Report of the Indian Hemp Drugs Commission, 1894-1895 - Volume V
Year: 1894
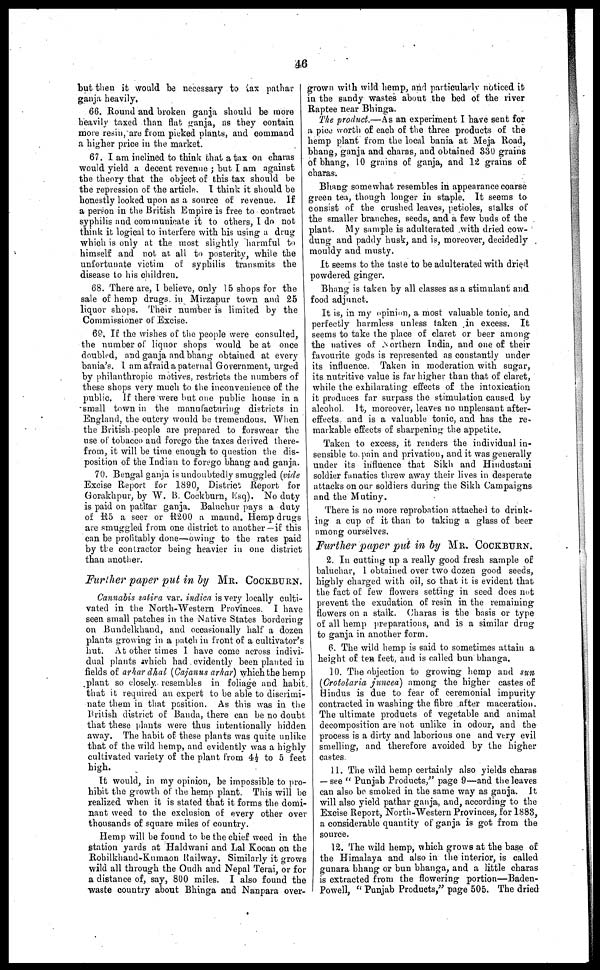
46
but then it would be necessary to tax pathar
ganja heavily,
66. Round and broken ganja should be more
heavily taxed than flat ganja, as they contain
more resin, are from picked plants, and command
a higher price in the market.
67. I am inclined to think that a tax on charas
would yield a decent revenue ; but I am against
the theory that the object of this tax should be
the repression of the article. I think it should be
honestly looked upon as a source of revenue. If
a person in the British Empire is free to contract
syphilis and communicate it to others, I do not
think it logical to interfere with his using a drug
which is only at the most slightly harmful to
himself and not at, all to posterity, while the
unfortunate victim of syphilis transmits the
disease to his children.
68. There are, I believe, only 15 shops for the
sale of hemp drugs in Mirzapur town and 25
liquor shops. Their number is limited by the
Commissioner of Excise.
69. If the wishes of the people were consulted,
the number of liquor shops would be at once
doubled, and ganja and bhang obtained at every
bania's. I am afraid a paternal Government, urged
by philanthropic motives, restricts the numbers of
these shops very much to the inconvenience of the
public. If there were but one public house in a
small town in the manufacturing districts in
England, the outcry would be tremendous. When
the British people are prepared to forswear the
use of tobacco and forego the taxes derived there-
from, it will be time enough to question the dis-
position of the Indian to forego bhang and ganja.
70. Bengal ganja is undoubtedly smuggled (vide
Excise Report for 1890, District Report for
Gorakhpur, by W. B. Cockburn, Esq). No duty
is paid on pathar ganja. Baluchur pays a duty
of R5 a seer or R200 a maund. Hemp drugs
are smuggled from one district to another—if this
can be profitably done—owing to the rates paid
by the contractor being heavier in one district
than another.
Further paper put in by MR. COCKBURN.
Cannabis satira var. indica is very locally culti-
vated in the North-Western Provinces. I have
seen small patches in the Native States bordering
on Bundelkhand, and occasionally half a dozen
plants growing in a patch in front of a cultivator's
hut. At other times 1 have come across indivi-
dual plants which had evidently been planted in
fields of arhar dhal (Cajanus arhar) which the hemp
plant so closely resembles in foliage and habit
that it required an expert to be able to discrimi-
nate them in that position. As this was in the
British district of Banda, there can be no doubt
that these plants were thus intentionally hidden
away. The habit of these plants was quite unlike
that of the wild hemp, and evidently was a highly
cultivated variety of the plant from 4½ to 5 feet
high.
It would, in my opinion, be impossible to pro-
hibit the growth of the hemp plant. This will be
realized when it is stated that it forms the domi-
nant weed to the exclusion of every other over
thousands of square miles of country.
Hemp will be found to be the chief weed in the
station yards at Haldwani and Lal Kooan on the
Rohilkhand-Kumaon Railway. Similarly it grows
wild all through the Oudh and Nepal Terai, or for
a distance of, say, 800 miles. I also found the
waste country about Bhinga and Nanpara over-
grown with wild hemp, and particularly noticed it
in the sandy wastes about the bed of the river
Raptee near Bhinga.
The product.—As an experiment I have sent for
a pice worth of each of the three products of the
hemp plant from the local bania at Meja Road,
bhang, ganja and charas, and obtained 330 grains
of bhang, 10 grains of ganja, and 12 grains of
charas.
Bhang somewhat resembles in appearance coarse
green tea, though longer in staple. It seems to
consist of the crushed leaves, petioles, stalks of
the smaller branches, seeds, and a few buds of the
plant. My sample is adulterated with dried cow-
dung and paddy husk, and is, moreover, decidedly
mouldy and musty.
It seems to the taste to be adulterated with dried
powdered ginger.
Bhang is taken by all classes as a stimulant and
food adjunct.
It is, in my opinion, a most valuable tonic, and
perfectly harmless unless taken in excess. It
seems to take the place of claret or beer among
the natives of Northern India, and one of their
favourite gods is represented as constantly under
its influence. Taken in moderation with sugar,
its nutritive value is far higher than that of claret,
while the exhilarating effects of the intoxication
it produces far surpass the stimulation caused by
alcohol. It, moreover, leaves no unpleasant after-
effects and is a valuable tonic, and has the re-
markable effects of sharpening the appetite.
Taken to excess, it renders the individual in-
sensible to pain and privation, and it was generally
under its influence that Sikh and Hindustani
soldier fanatics threw away their lives in desperate
attacks on our soldiers during the Sikh Campaigns
and the Mutiny.
There is no more reprobation attached to drink-
ing a cup of it than to taking a glass of beer
among ourselves.
Further paper put in by MR. COCKBURN.
2. In cutting up a really good fresh sample of
baluchar, 1 obtained over two dozen good seeds,
highly charged with oil, so that it is evident that
the fact of few flowers setting in seed does not
prevent the exudation of resin in the remaining
flowers on a stalk. Charas is the basis or type
of all hemp preparations, and is a similar drug
to ganja in another form.
6. The wild hemp is said to sometimes attain a
height of ten feet, and is called bun bhanga.
10. The objection to growing hemp and sun
(Crotolaria juncea) among the higher castes of
Hindus is due to fear of ceremonial impurity
contracted in washing the fibre after maceration.
The ultimate products of vegetable and animal
decomposition are not unlike in odour, and the
process is a dirty and laborious one and very evil
smelling, and therefore avoided by the higher
castes.
11. The wild hemp certainly also yields charas
— see " Punjab Products," page 9—and the leaves
can also be smoked in the same way as ganja. It
will also yield pathar ganja, and, according to the
Excise Report, North-Western Provinces, for 1883,
a considerable quantity of ganja is got from the
source.
12. The wild hemp, which grows at the base of
the Himalaya and also in the interior, is called
gunara bhang or bun bhanga, and a little charas
is extracted from the flowering portion—Baden-
Powell, "Punjab Products," page 505. The dried